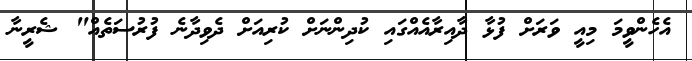
އެހެންވީމަ މިއީ ވަރަށް ފުޅާ ދާއިރާއެއްގައި ކުދިންނަށް ކުރިއަށް ދެވިދާނެ ފުރުސަތެއް" ޝެރީނާ